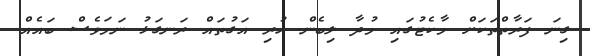
ގިނަ ފަރާތްތަކަށް މާކެޓުގައި މުދާ ލިބެން ހުރި އަގުތައް ރަނގަޅު ނަމަވެސް ބައެއް